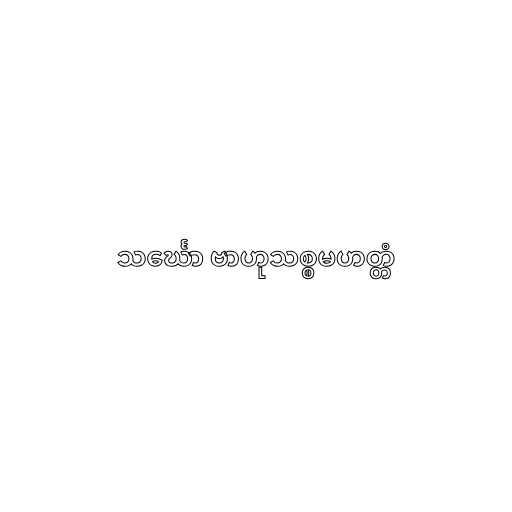
သင်္ဃော ဗာဟုသစ္စမဟတ္တံ